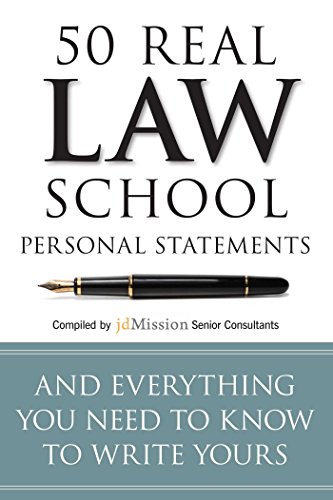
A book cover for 50 Real Law School Personal Statements: And Everything You Need to Know to Write Yours (Manhattan Prep LSAT Strategy Guides); Education & Teaching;